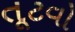
તૂટવો